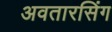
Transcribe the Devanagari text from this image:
अवतारसिंग